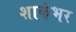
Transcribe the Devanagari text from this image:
शाकंभर